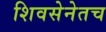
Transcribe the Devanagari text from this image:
शिवसेनेतच